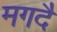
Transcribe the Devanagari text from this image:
मगदै